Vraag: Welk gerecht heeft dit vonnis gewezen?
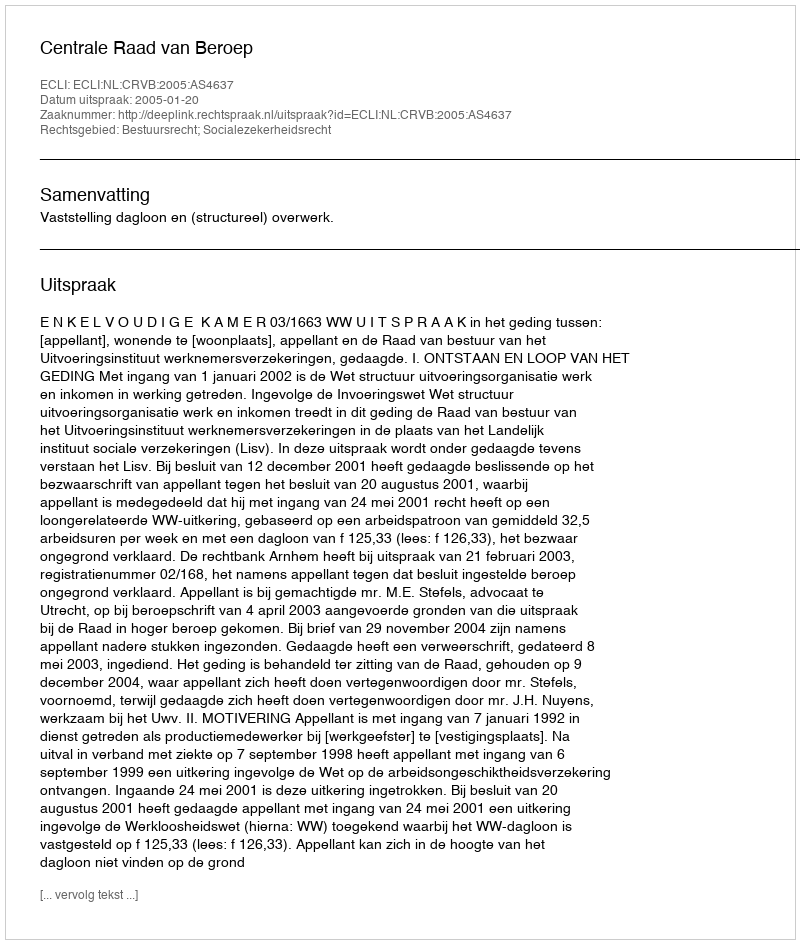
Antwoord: Centrale Raad van Beroep